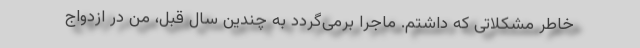
خاطر مشکلاتی که داشتم. ماجرا برمی‌گردد به چندین سال قبل، من در ازدواج